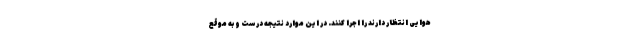
هوایی انتظار دارند را اجرا کنند. در این موارد نتیجه درست و به موقع